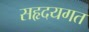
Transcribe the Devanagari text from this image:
सहृदयगत